Jaan_Tonisson_(Lasteleht), lk 360
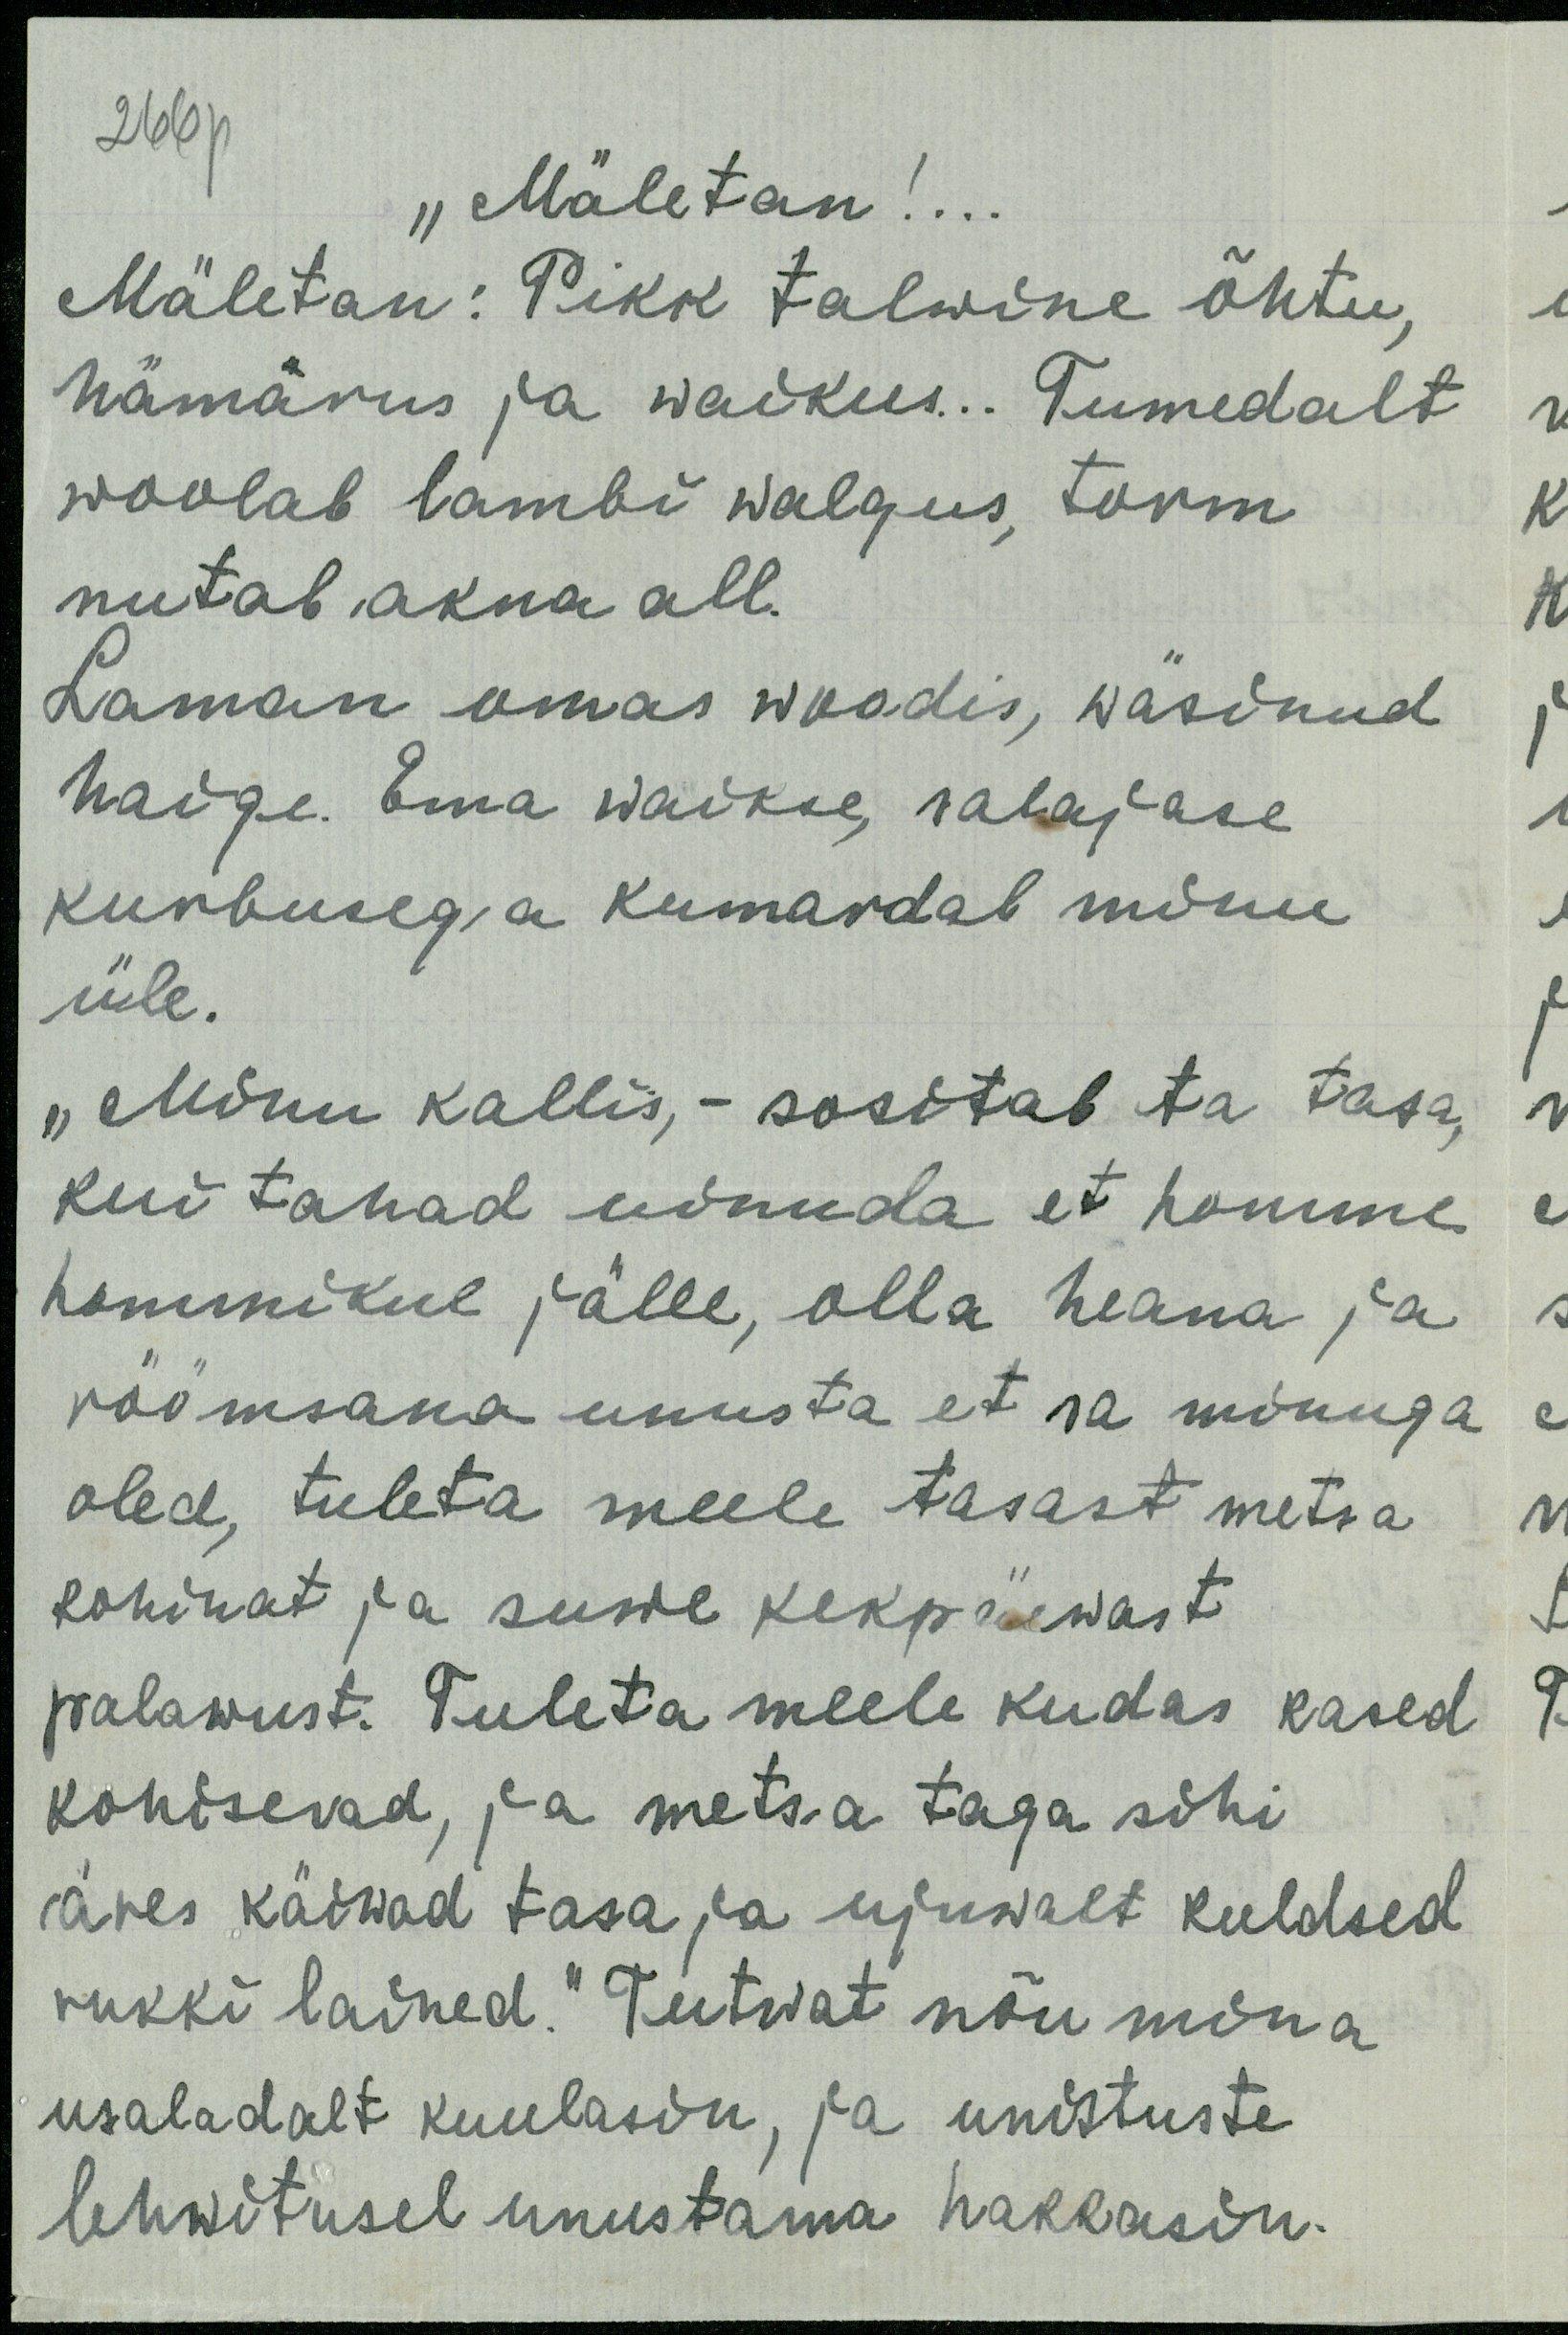
266p
"Mäletan!..
Mäletan: Pikk talwine õhtu,
hämärus ja waikus... Tumedalt
woolab lambi walgus, torm
nutab akna all.
Laman omas woodis, wäsinud
haige. Ema waikse, salajase
kurbusega kumardab minu
üle.
"Minu kallis, - sositab ta tasa,
kui tahad uinuda et homme
hommikul jälle, olla heana ja
rõõmsana unusta et sa minuga
oled, tuleta meele tasast metsa.
kohinat ja suwe kespäewast
palawust. Tuleta meele kudas kased
kohisevad ja metsa taga sihi
äres käiwad tasa ja ujuwalt kuldsed
rukki lained." Tutwat nõu mina
usaladalt kuulasin, ja unistuste
lehwitusel unustama hakkasin.